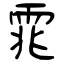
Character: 雿